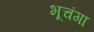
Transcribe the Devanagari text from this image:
भूचंगा